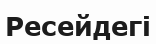
Ресейдегі